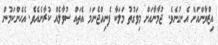
އިޒްޔާންއަށް އެނގުނެވެ. ޖުމާނާއަށް މިވަގުތު މަލަކާ ފެނިއްޖެނަމަ އެތައް ސުވާލެއް ކުރާނެއެވެ. އެހެންކަމުން